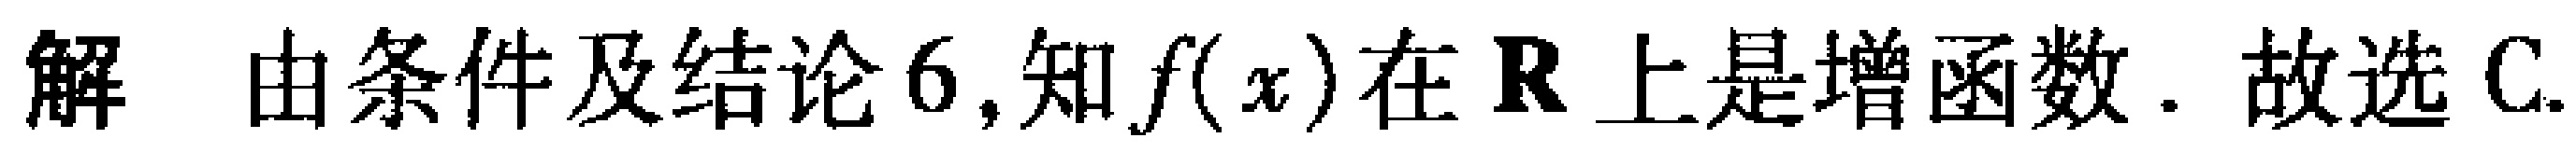
解 由条件及结论 6,知\(f(x)\)在\(\mathbf{R}\)上是增函数. 故选 C.